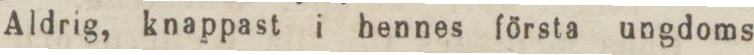
Aldrig, knappast i hennes första ungdoms